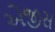
એજીસ